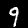
Digit: 9